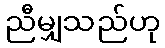
ညီမျှသည်ဟု